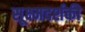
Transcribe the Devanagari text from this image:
सूक्ष्मदर्शकी